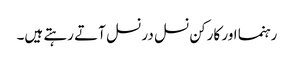
رہنما اور کارکن نسل در نسل آتے رہتے ہیں۔